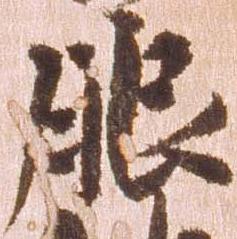
服